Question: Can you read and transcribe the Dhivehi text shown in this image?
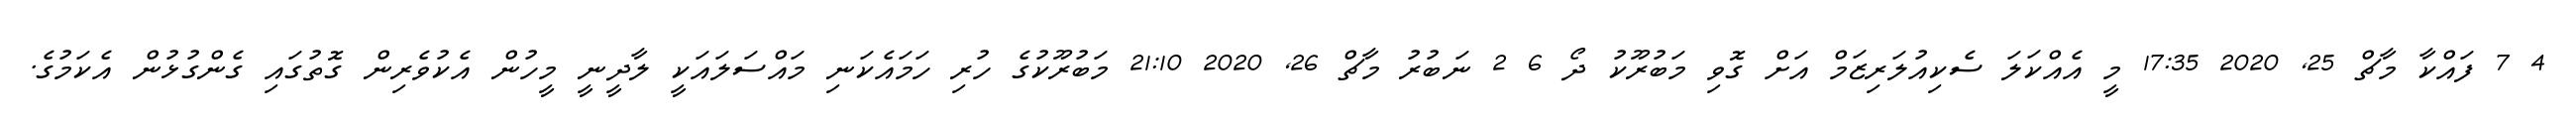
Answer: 4 7 ފައްކާ މާޗް 25, 2020 17:35 މީ އެއްކަލަ ސެކިއުލަރިޒަމް އަށް ގޮވި މަބުރޫކު ދޯ 6 2 ނަބުރު މާޗް 26, 2020 21:10 މަބުރޫކުގެ ހުރި ހަމައެކަނި މައްސަލައަކީ ލާދީނީ މީހުން އެކުވެރިން ގޮތުގައި ގެންގުޅުން އެކަމުގެ.